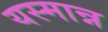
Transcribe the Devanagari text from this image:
यस्मान्न